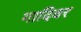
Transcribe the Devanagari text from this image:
गादिवर